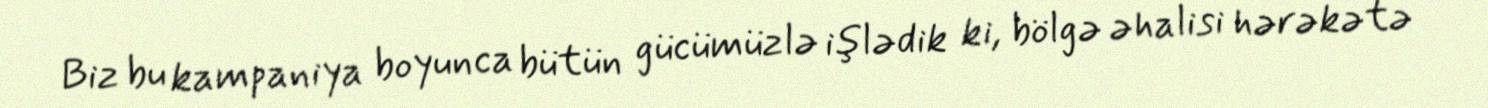
Biz bu kampaniya boyunca bütün gücümüzlə işlədik ki, bölgə əhalisi hərəkətə